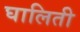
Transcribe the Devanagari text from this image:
घालिती